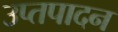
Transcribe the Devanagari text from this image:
उप्तपादन